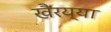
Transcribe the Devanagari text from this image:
खैरय्या